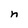
Character: n